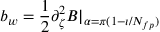
b _ { w } = \frac { 1 } { 2 } \partial _ { \zeta } ^ { 2 } B | _ { \alpha = \pi ( 1 - \iota / N _ { f p } ) }